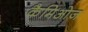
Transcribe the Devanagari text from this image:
कैमिओज